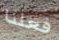
فعلنا